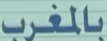
بالمغرب